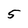
Character: 5